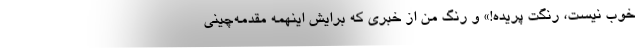
خوب نیست، رنگت پریده!» و رنگ من از خبری که برایش اینهمه مقدمه‌چینی